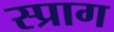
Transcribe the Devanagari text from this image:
स्प्राग